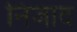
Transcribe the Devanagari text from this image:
निजाद